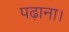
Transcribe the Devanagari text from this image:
पढ़ाना।